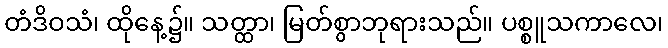
တံဒိဝသံ၊ ထိုနေ့၌။ သတ္ထာ၊ မြတ်စွာဘုရားသည်။ ပစ္စူသကာလေ၊